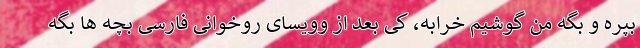
بپره و بگه من گوشیم خرابه، کی بعد از وویسای روخوانی فارسی بچه ها بگه